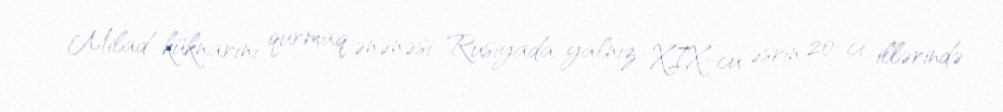
Milad küknarını qurmaq ənənəsi Rusiyada yalnız XIX-cu əsrin 20-ci illərində